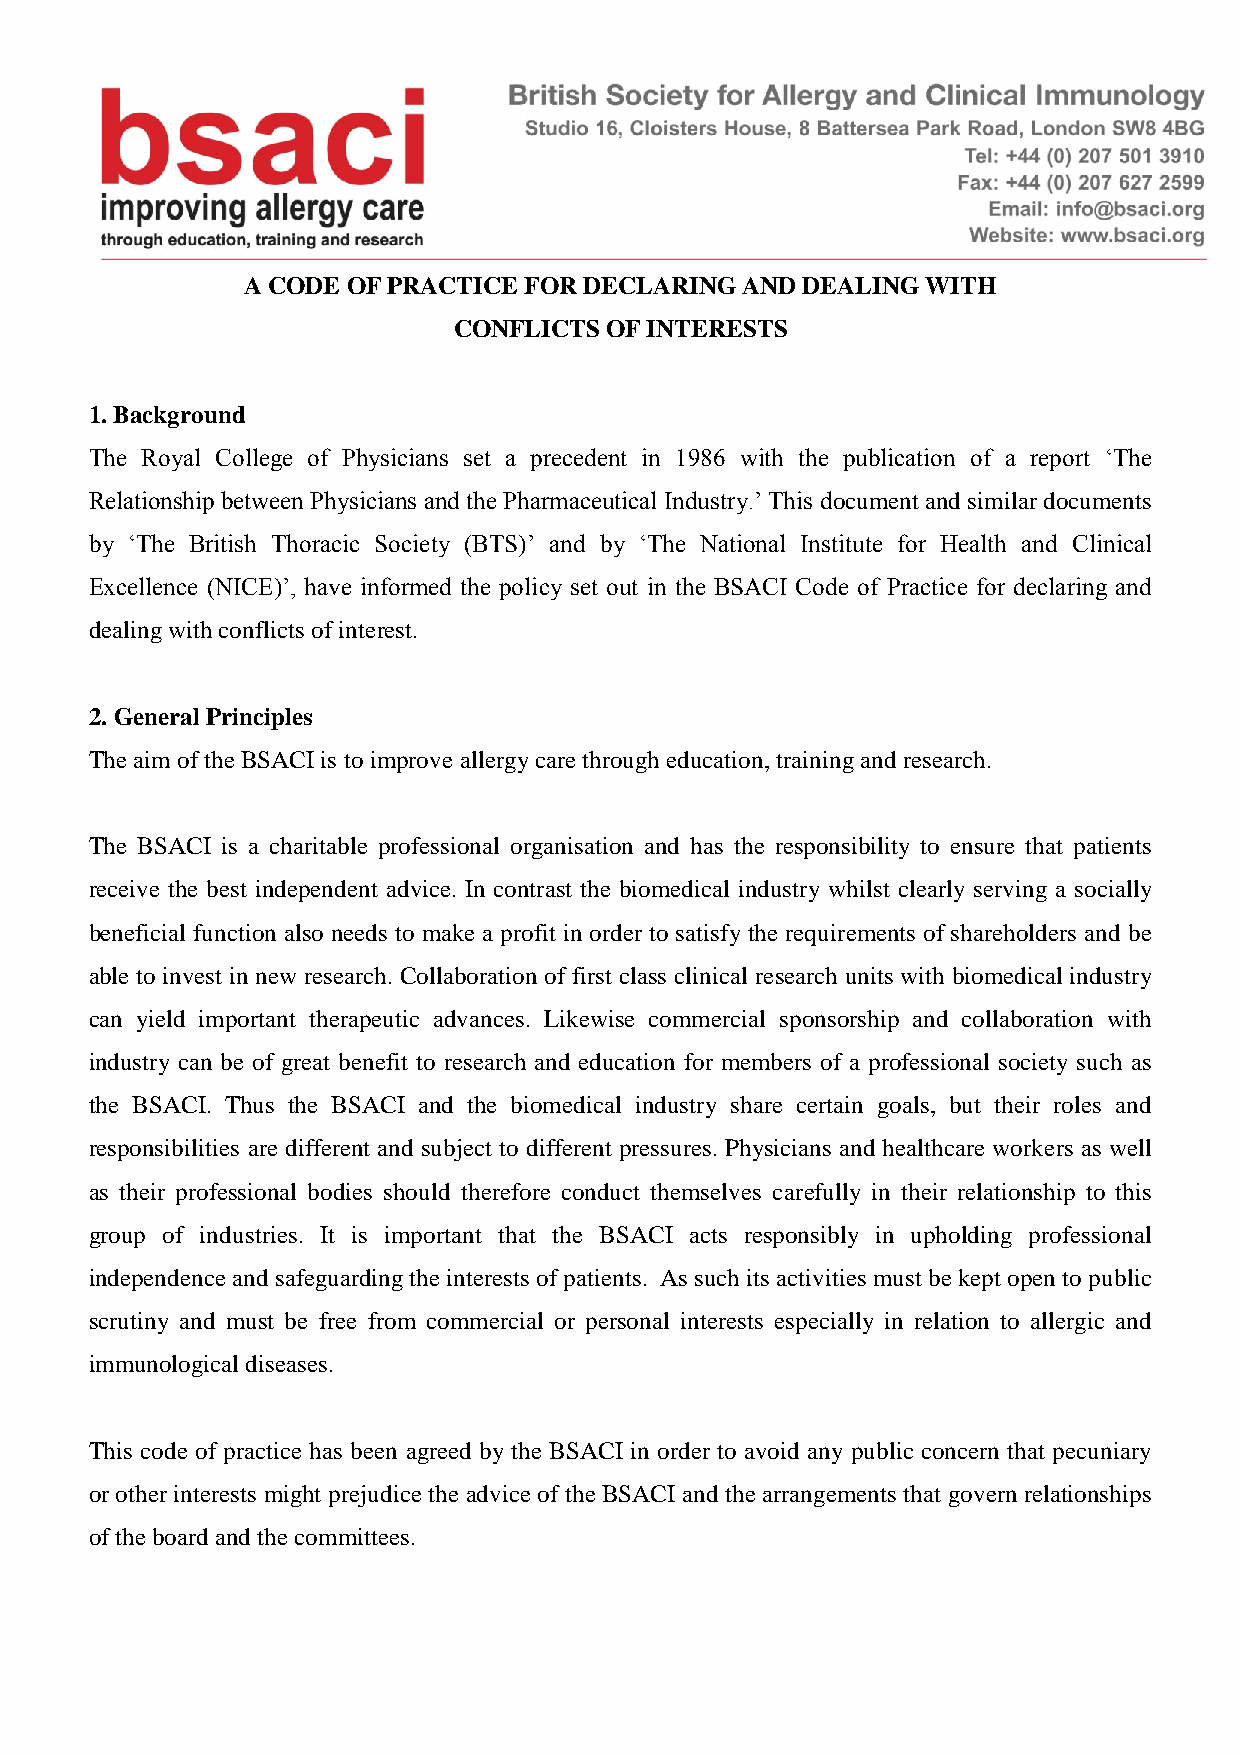
A CODE OF PRACTICE FOR DECLARING AND DEALING WITH
 CONFLICTS OF INTERESTS
 1. Background
 The Royal College of Physicians set a precedent in 1986 with the publication of a report ‘The
 Relationship between Physicians and the Pharmaceutical Industry.’ This document and similar documents
 by ‘The British Thoracic Society (BTS)’ and by ‘The National Institute for Health and Clinical
 Excellence (NICE)’, have informed the policy set out in the BSACI Code of Practice for declaring and
 dealing with conflicts of interest.
 2. General Principles
 The aim of the BSACI is to improve allergy care through education, training and research.
 The BSACI is a charitable professional organisation and has the responsibility to ensure that patients
 receive the best independent advice. In contrast the biomedical industry whilst clearly serving a socially
 beneficial function also needs to make a profit in order to satisfy the requirements of shareholders and be
 able to invest in new research. Collaboration of first class clinical research units with biomedical industry
 can yield important therapeutic advances. Likewise commercial sponsorship and collaboration with
 industry can be of great benefit to research and education for members of a professional society such as
 the BSACI. Thus the BSACI and the biomedical industry share certain goals, but their roles and
 responsibilities are different and subject to different pressures. Physicians and healthcare workers as well
 as their professional bodies should therefore conduct themselves carefully in their relationship to this
 group of industries. It is important that the BSACI acts responsibly in upholding professional
 independence and safeguarding the interests of patients. As such its activities must be kept open to public
 scrutiny and must be free from commercial or personal interests especially in relation to allergic and
 immunological diseases.
 This code of practice has been agreed by the BSACI in order to avoid any public concern that pecuniary
 or other interests might prejudice the advice of the BSACI and the arrangements that govern relationships
 of the board and the committees.